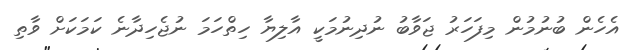
އެހެން ބުނުމުން މިފަހަރު ޖަވާބު ނުދިނުމަކީ އާލިޔާ ހިތްހަމަ ނުޖެހިދާނެ ކަމަކަށް ވާތި